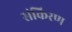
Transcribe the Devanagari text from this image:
संकिरण